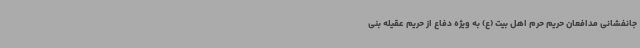
جانفشانی مدافعان حریم حرم اهل بیت (ع) به ویژه دفاع از حریم عقیله بنی